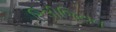
રિલીજિયન